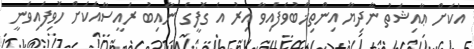
އަކަށް ޢާއިޝަތު ނާދިޔާ އިންތިޚާބުވެފައިވާ އިރު އެ ގޮފީގެ ނާއިބު ރައީސާއަކަށް ހޮވިފައިވަނީ